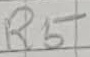
Text: R5